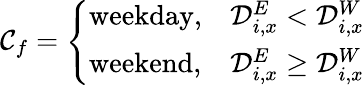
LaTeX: \mathcal{C}_{f}=\left\{ \begin{array}{ll}{\mathrm{weekday},}&{\mathcal{D}_{i,x}^{E}<\mathcal{D}_{i,x}^{W}}\\ {\mathrm{weekend},}&{\mathcal{D}_{i,x}^{E}\geq\mathcal{D}_{i,x}^{W}}\end{array}\right.